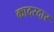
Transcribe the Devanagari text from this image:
कादरदार